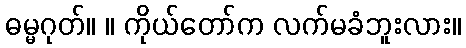
ဓမ္မဂုတ်။ ။ ကိုယ်တော်က လက်မခံဘူးလား။